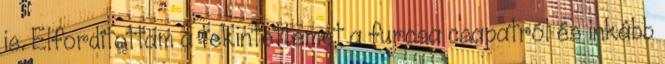
is. Elfordítottam a tekintettemet a furcsa csapatról és inkább